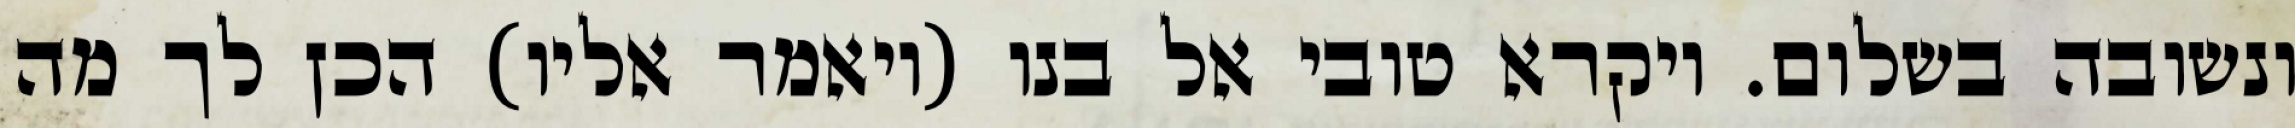
ונשובה בשלום. ויקרא טובי אל בנו (ויאמר אליו) הכן לך מה